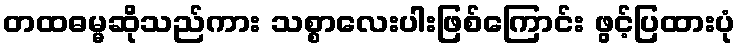
တထဓမ္မဆိုသည်ကား သစ္စာလေးပါးဖြစ်ကြောင်း ဖွင့်ပြထားပုံ